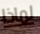
لماذا